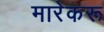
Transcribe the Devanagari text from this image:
मारेकरू